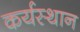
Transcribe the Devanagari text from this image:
कर्यस्थान